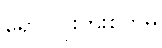
ရောဂါပိုးကူးစက်မှု